Scottish Leaving Certificate Examination, 1954
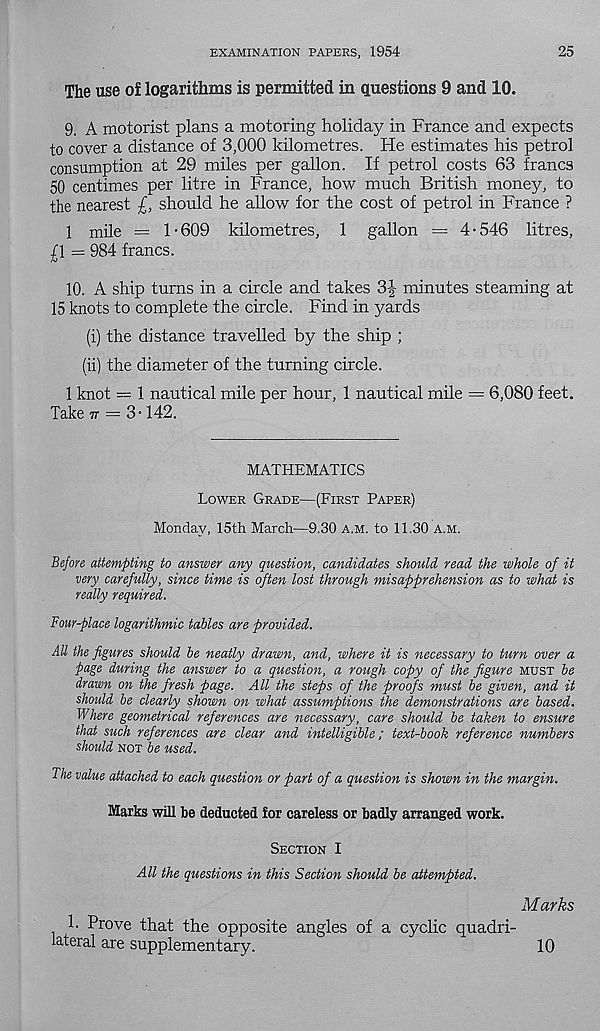
EXAMINATION PAPERS, 1954
25
The use o£ logarithms is permitted in questions 9 and 10.
9. A motorist plans a motoring holiday in France and expects
to cover a distance of 3,000 kilometres. He estimates his petrol
consumption at 29 miles per gallon. If petrol costs 63 francs
50 centimes per litre in France, how much British money, to
the nearest £, should he allow for the cost of petrol in France ?
1 mile = 1-609 kilometres, 1 gallon = 4-546 litres,
/l — 984 francs.
10. A ship turns in a circle and takes 3-|- minutes steaming at
15 knots to complete the circle. Find in yards
(i) the distance travelled by the ship ;
(ii) the diameter of the turning circle.
1 knot — 1 nautical mile per hour, 1 nautical mile = 6,080 feet.
Take tt = 3-142.
MATHEMATICS
Lower Grade—(First Paper)
Monday, 15th March—9.30 A.M. to 11.30 A.m.
Before attempting to answer any question, candidates should read the whole of it
very carefully, since time is often lost through misapprehension as to what is
really required.
Four-place logarithmic tables are provided.
AU the figures should be neatly drawn, and, where it is necessary to turn over a
page during the answer to a question, a rough copy of the figure must be
drawn on the fresh page. All the steps of the proofs must be given, and it
should be clearly shown on what assumptions the demonstrations are based.
Where geometrical references are necessary, care should be taken to ensure
that such references are clear and intelligible; text-book reference numbers
should not be used.
The value attached to each question or part of a question is shown in the margin.
Marks will be deducted for careless or badly arranged work.
Section I
AU the questions in this Section should be attempted.
Marks
1. Prove that the opposite angles of a cyclic quadri-
lateral are supplementary.
10